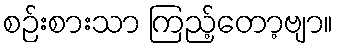
စဉ်းစားသာ ကြည့်တော့ဗျာ။